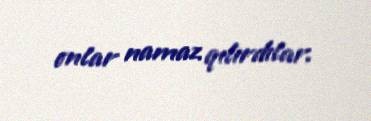
onlar namaz qılırdılar.